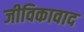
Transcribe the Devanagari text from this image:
जीविकावाद